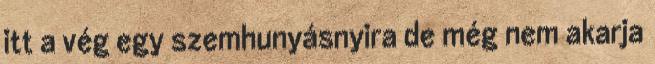
itt a vég egy szemhunyásnyira de még nem akarja